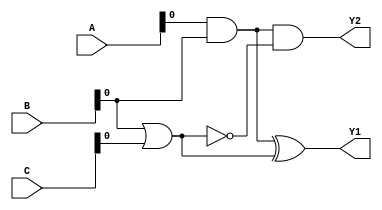
module combinational_logic (
    input  wire [3:0] A,      // 4-bit input A
    input  wire [3:0] B,      // 4-bit input B
    input  wire [3:0] C,      // 4-bit input C
    output wire Y1,           // Output Y1
    output wire Y2            // Output Y2
);

    // Intermediate signals for shared logic
    wire shared_and;          // Shared AND logic
    wire shared_or;           // Shared OR logic

    // Define shared logic components
    assign shared_and = A & B; // Common AND operation
    assign shared_or  = B | C; // Common OR operation

    // Output logic using shared components
    assign Y1 = shared_and ^ shared_or; // Y1 uses AND and OR results
    assign Y2 = shared_and & ~shared_or; // Y2 uses AND and inverted OR

endmodule